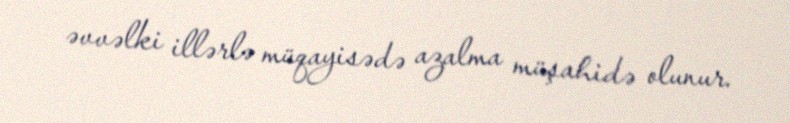
əvvəlki illərlə müqayisədə azalma müşahidə olunur.